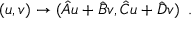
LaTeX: ( u , v ) \rightarrow ( { { \hat { A } u + \hat { B } v } , { \hat { C } u + \hat { D } v } } ) \, \, \, .